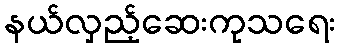
နယ်လှည့်ဆေးကုသရေး